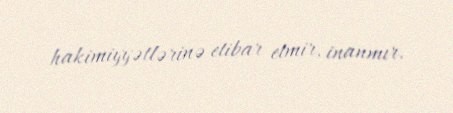
hakimiyyətlərinə etibar etmir, inanmır.